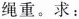
绳重。求：